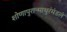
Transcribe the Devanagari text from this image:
शोणापुरान्माथुरंमंडलं